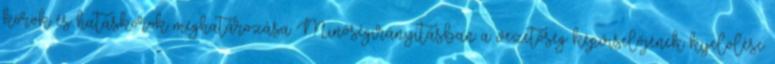
körök és hatáskörök meghatározása Minőségirányításban a vezetőség képviselőjének kijelölése